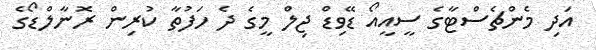
އަދި މެންޗެސްޓާގެ ސީއީއޯ ޑޭވިޑް ޖިލް މީގެ ދެ ހަފުތާ ކުރިން ރޮނާލްޑޯގެ